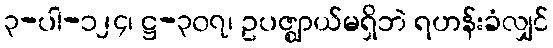
၃-ပါ-၁၂၄၊ ဋ္ဌ-၃၀၇၊ ဥပဇ္ဈာယ်မရှိဘဲ ရဟန်းခံလျှင်